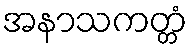
အနာသကတ္တံ